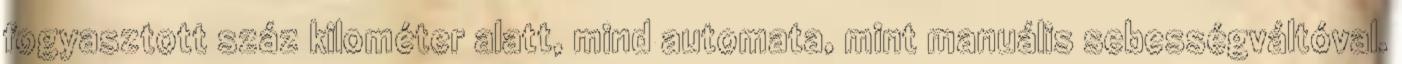
fogyasztott száz kilométer alatt, mind automata, mint manuális sebességváltóval.